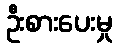
ဦးစားပေးမှု